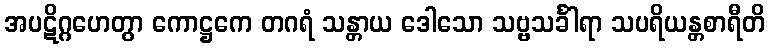
အပဋိဂ္ဂဟေတွာ ကောဋ္ဌကေ တဂရံ သန္တာယ ဒေါသော သဗ္ဗသင်္ခါရာ သပရိယန္တစာရီတိ